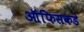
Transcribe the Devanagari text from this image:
ऑफिसकडे